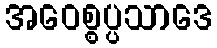
အဝေစ္စပ္ပသာဒေ